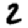
Digit: 2